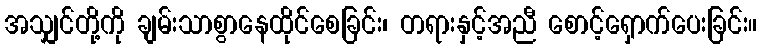
အသျှင်တို့ကို ချမ်းသာစွာနေထိုင်စေခြင်း၊ တရားနှင့်အညီ စောင့်ရှောက်ပေးခြင်း။